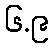
၆.၉